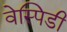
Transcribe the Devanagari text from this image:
वेस्पिडी